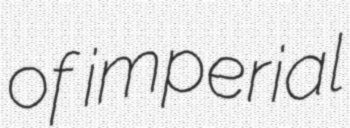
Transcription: of imperial